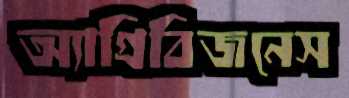
অ্যাগ্রিবিজনেস